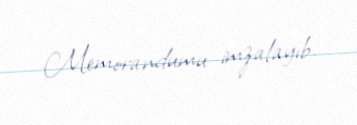
Memorandumu imzalayıb.